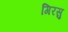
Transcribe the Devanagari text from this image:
गिरसु